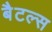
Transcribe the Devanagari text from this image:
बैटल्स